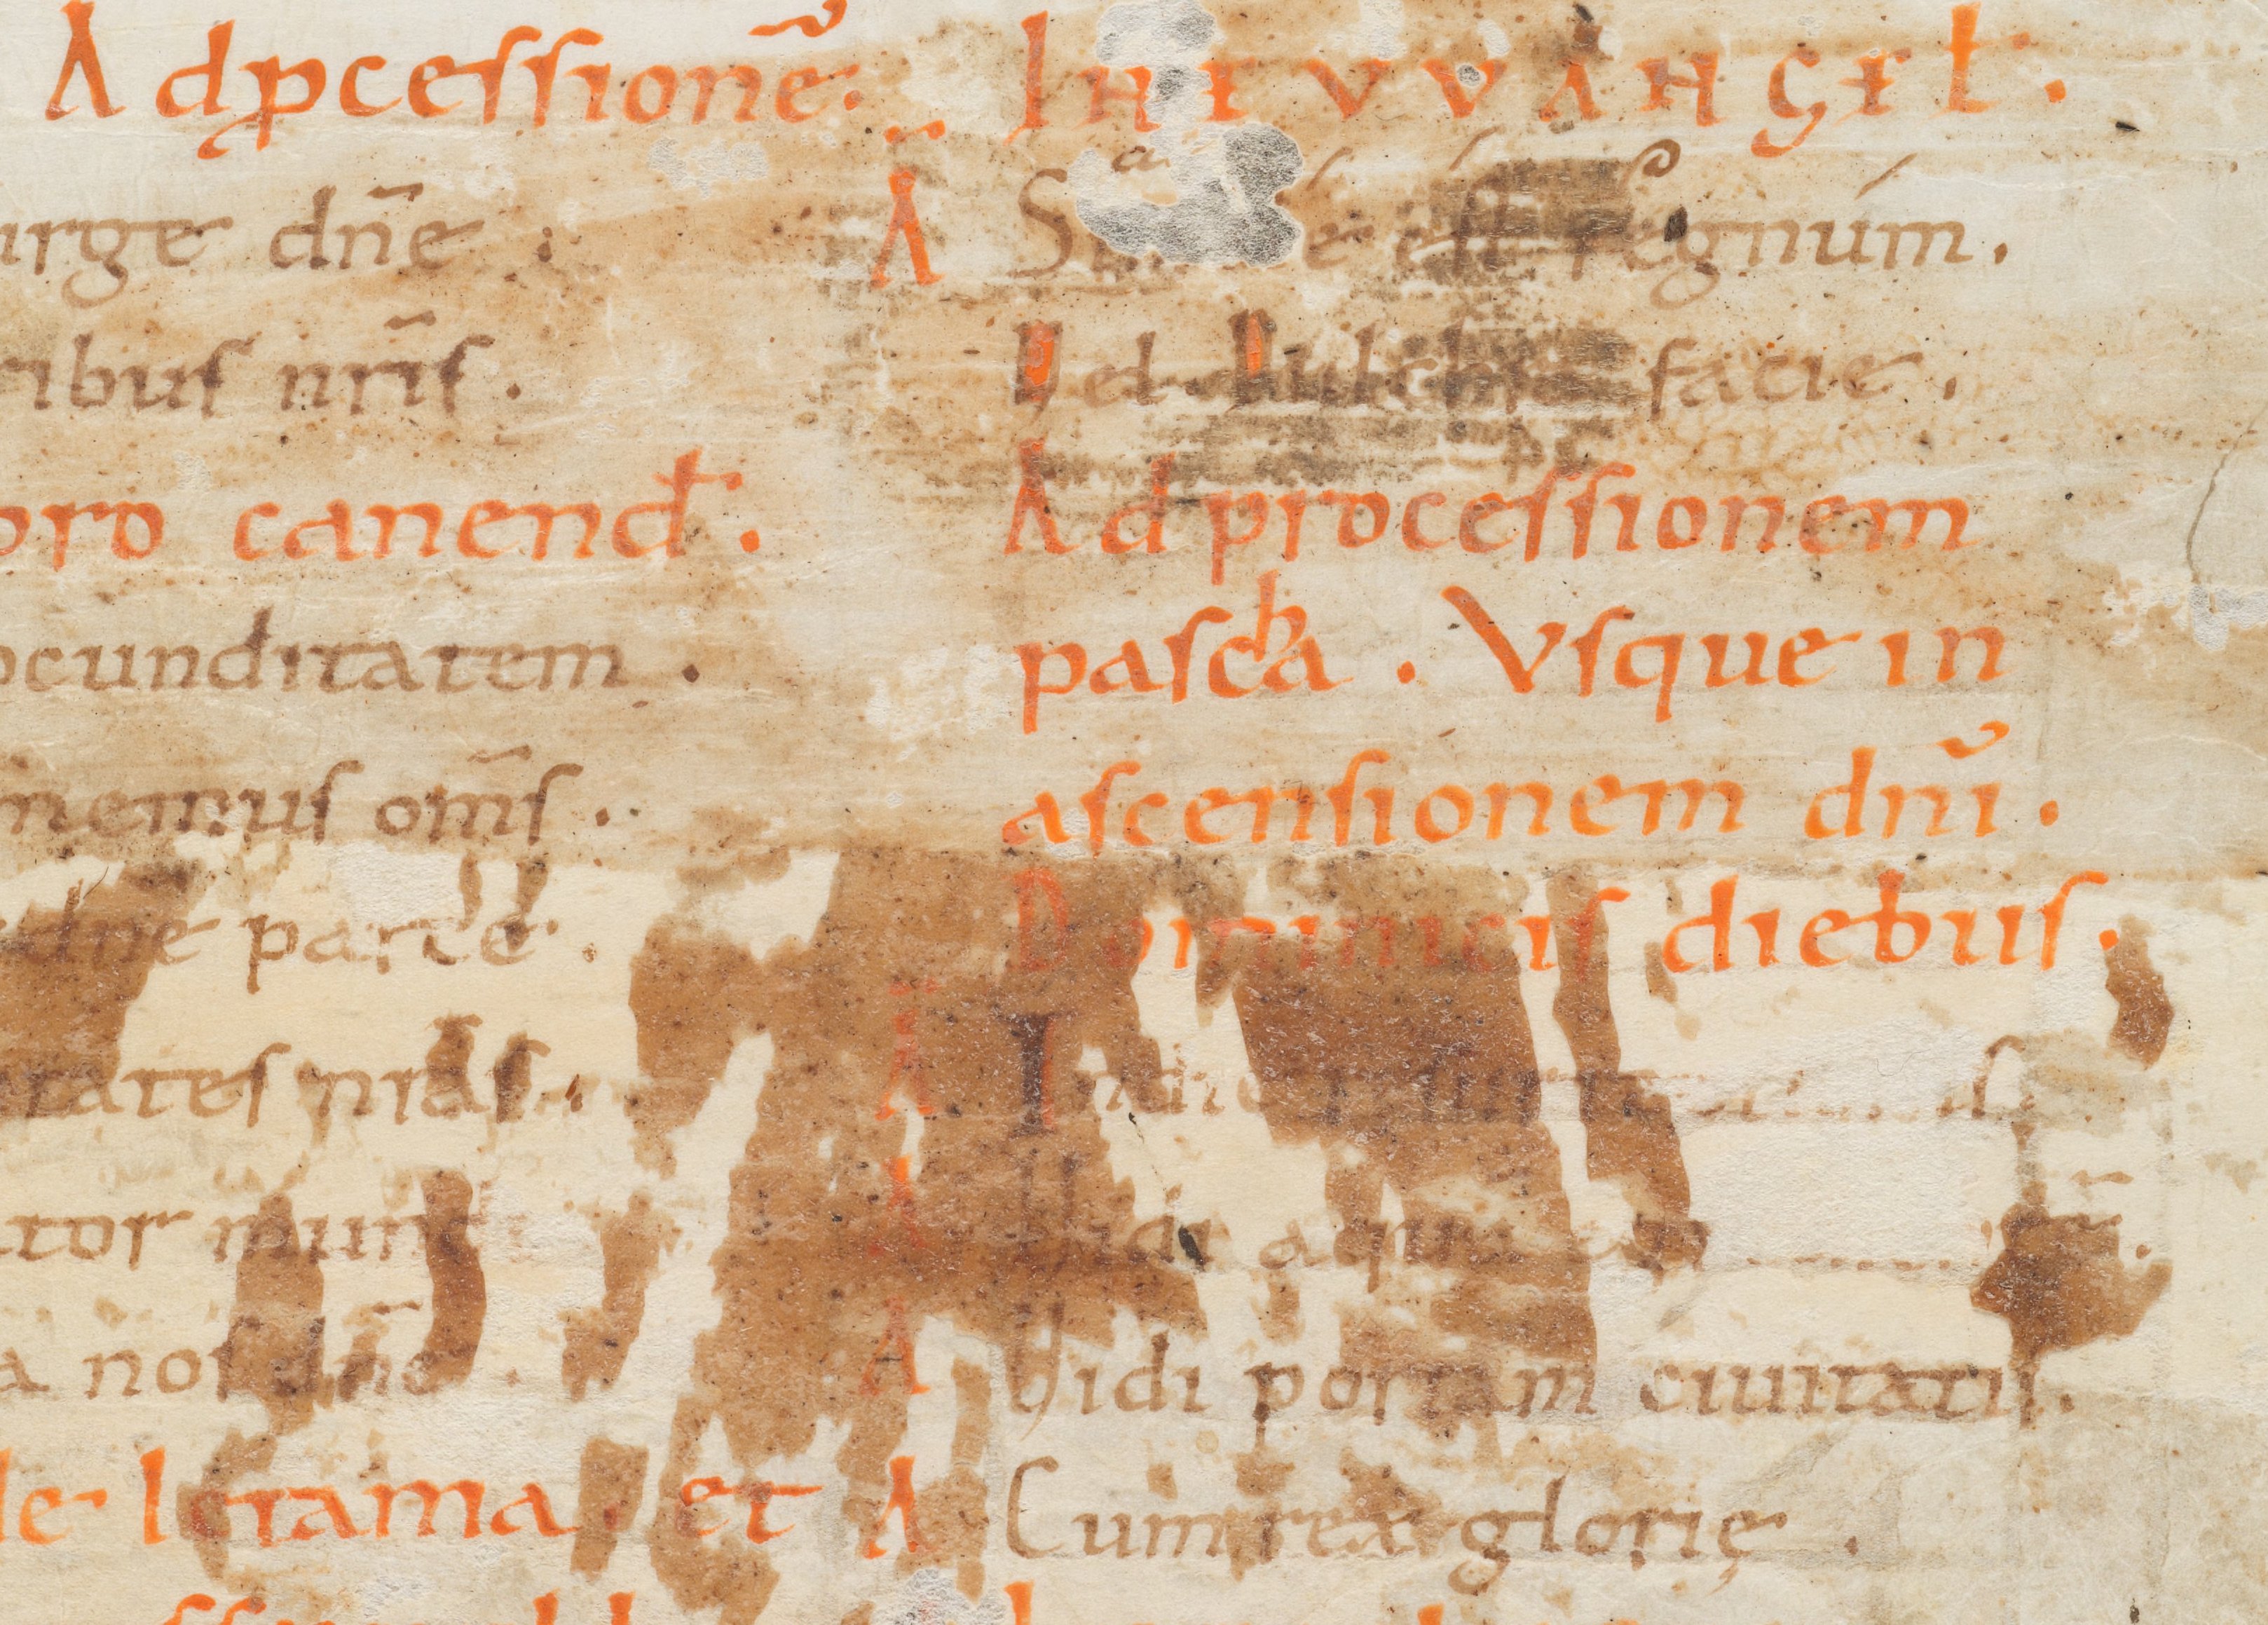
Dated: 800–999